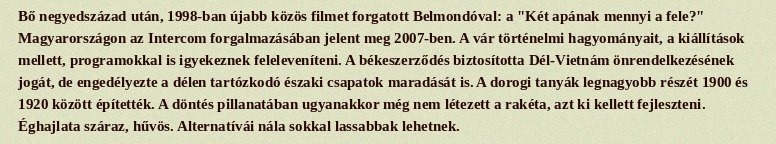
Bő negyedszázad után, 1998-ban újabb közös filmet forgatott Belmondóval: a "Két apának mennyi a fele?" Magyarországon az Intercom forgalmazásában jelent meg 2007-ben. A vár történelmi hagyományait, a kiállítások mellett, programokkal is igyekeznek feleleveníteni. A békeszerződés biztosította Dél-Vietnám önrendelkezésének jogát, de engedélyezte a délen tartózkodó északi csapatok maradását is. A dorogi tanyák legnagyobb részét 1900 és 1920 között építették. A döntés pillanatában ugyanakkor még nem létezett a rakéta, azt ki kellett fejleszteni. Éghajlata száraz, hűvös. Alternatívái nála sokkal lassabbak lehetnek.